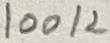
Text: 100K